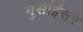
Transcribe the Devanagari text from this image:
गुसांईंसर